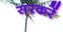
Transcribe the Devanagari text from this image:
सरकरें